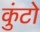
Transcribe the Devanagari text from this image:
कुंटो